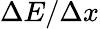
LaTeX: \Delta E/\Delta x